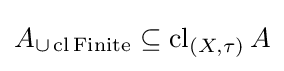
A_{\cup \operatorname {cl} \operatorname {Finite} }\subseteq \operatorname {cl} _{(X,\tau )}A